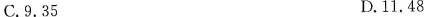
C.9.35 D.11.48